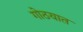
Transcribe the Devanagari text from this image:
गोठयात